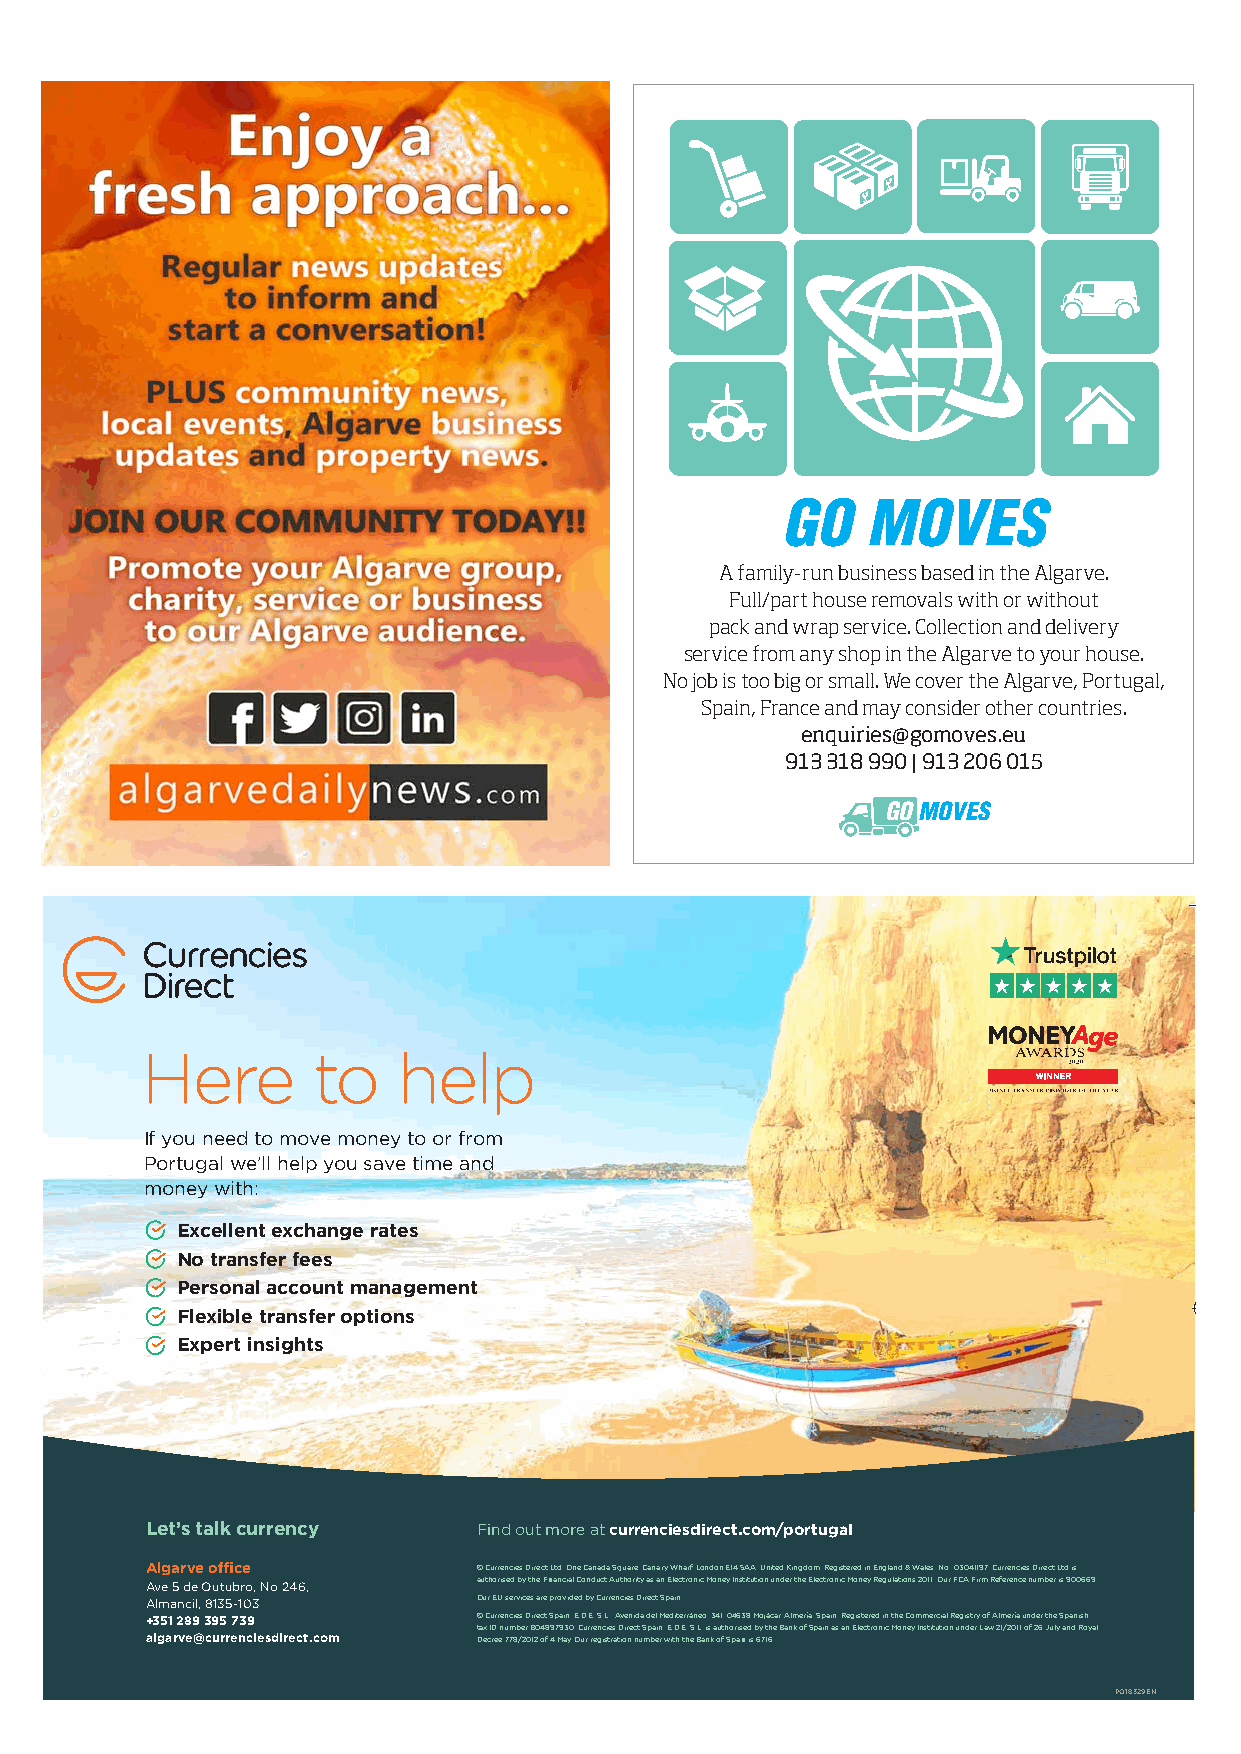
GO   MOVES
 A family-run business based in the Algarve.
 Full/part house removals with or without
 pack and wrap service. Collection and delivery
 service from any shop in the Algarve to your house.
 No job is too big or small. We cover the Algarve, Portugal,
 Spain, France and may consider other countries.
 enquiries@gomoves.eu
 913 318 990 | 913 206 015
 GO MOVES
 Here        to   help
 If you need to move money to or from
 Portugal we’ll help you save time and
 money with:
 Excellent exchange rates
 No transfer fees
 Personal account management
 Flexible transfer options
 Expert insights
 Let’s talk currency   Find out more at currenciesdirect.com/portugal
 Algarve office        © Currencies Direct Ltd, One Canada Square, Canary Wharf, London E14 5AA, United Kingdom. Registered in England & Wales, No.: 03041197. Currencies Direct Ltd is
 Ave 5 de Outubro, No 246, authorised by the Financial Conduct Authority as an Electronic Money Institution under the Electronic Money Regulations 2011. Our FCA Firm Reference number is 900669.
 Almancil, 8135-103    Our EU services are provided by Currencies Direct Spain.
 +351 289 395 739      © Currencies Direct Spain, E.D.E., S.L., Avenida del Mediterráneo, 341, 04638 Mojácar, Almería, Spain. Registered in the Commercial Registry of Almería under the Spanish
 tax ID number B04897930. Currencies Direct Spain, E.D.E., S.L. is authorised by the Bank of Spain as an Electronic Money Institution under Law 21/2011 of 26 July and Royal
 algarve@currenciesdirect.com Decree 778/2012 of 4 May. Our registration number with the Bank of Spain is 6716.
 PO18329EN
 PPOO1188443388EENN -- AAllggaarrvvee PPlluuss MMaagg CChhaannggeess vv11..iinndddd 11 1155//0011//22002211 1133::0000